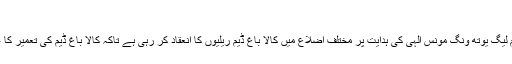
(خبر جاری ہے)
ریلی سے خطاب کرتے ہوئے جنرل سیکرٹری ملک فراز اعوان نے کہا کہ مسلم لیگ یوتھ ونگ مونس الہٰی کی ہدایت پر مختلف اضلاع میں کالا باغ ڈیم ریلیوں کا انعقاد کر رہی ہے تاکہ کالا باغ ڈیم کی تعمیر کا عوام میں شعور اجاگر کیا جاسکے اور اس کی افادیت سے قوم کو آگاہ کیا جائے۔